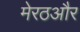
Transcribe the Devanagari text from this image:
मेरठऔर